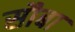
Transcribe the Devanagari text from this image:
सौबा